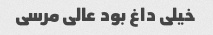
خیلی داغ بود عالی مرسی